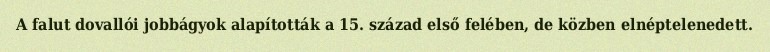
A falut dovallói jobbágyok alapították a 15. század első felében, de közben elnéptelenedett.